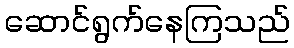
ဆောင်ရွက်နေကြသည်